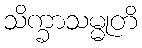
သိက္ခာသမ္မုတိ